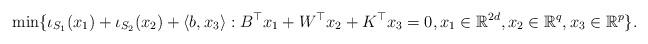
LaTeX: \begin{align*}\min\{\iota_{S_1}(x_1)+\iota_{S_2}(x_2)+\langle b,x_3 \rangle: B^\top x_1 + W^\top x_2+ K^\top x_3 = 0, x_1\in\mathbb{R}^{2d}, x_2\in\mathbb{R}^q, x_3\in\mathbb{R}^p\}.\end{align*}